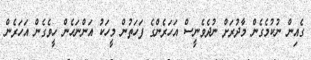
ގެއިން ނުކުމެގެން މާދުރަށް ނުދެވެނީސް އަހަރެންގެ ފަހަތުން މީހަކު އަންނަހެން ހީވެގެން އަހަރެން